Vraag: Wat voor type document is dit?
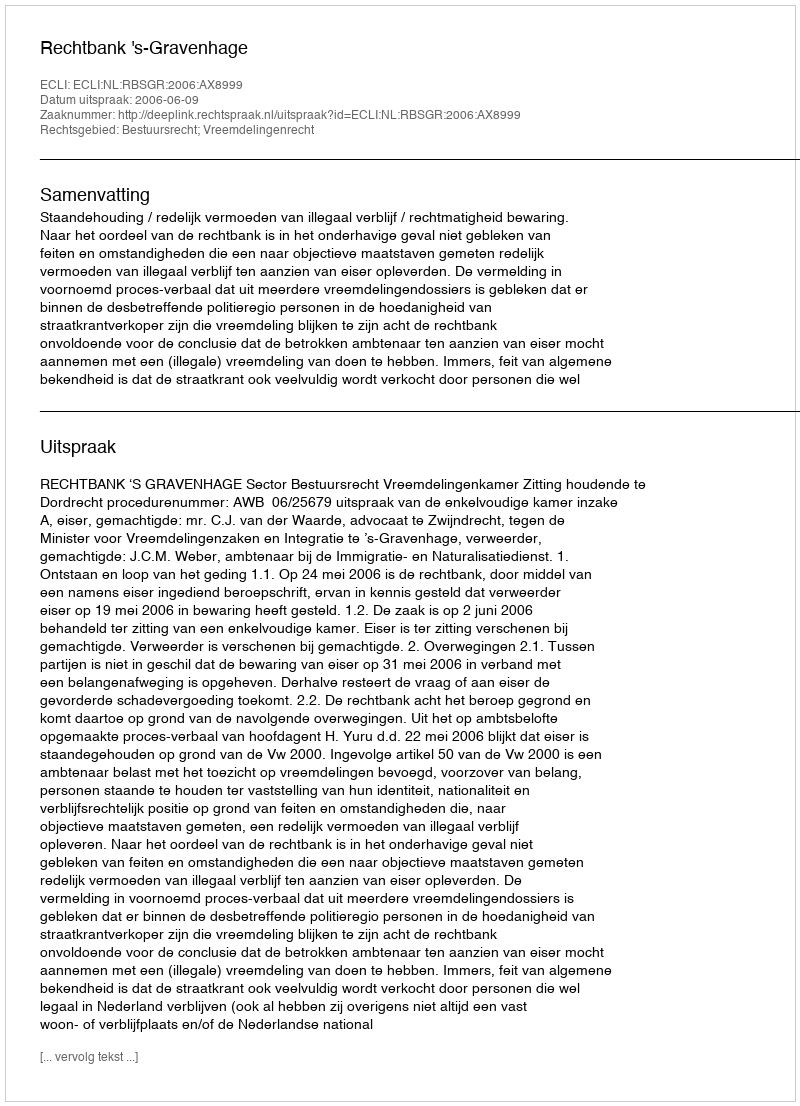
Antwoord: Uitspraak